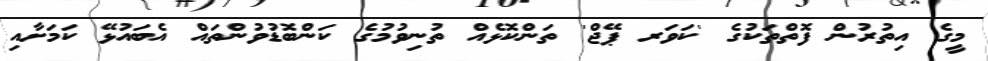
މީގެ އިތުރުން ފޮތްތަކުގެ 'ކަވަރ ޕޭޖް' ތަންކޮޅެއް ތުނިވުމުގެ ކަންބޮޑުވުންތައް އެބައުޅޭ ކަމަށާއި